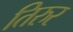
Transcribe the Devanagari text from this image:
तिरुर